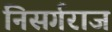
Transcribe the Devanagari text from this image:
निसर्गराज